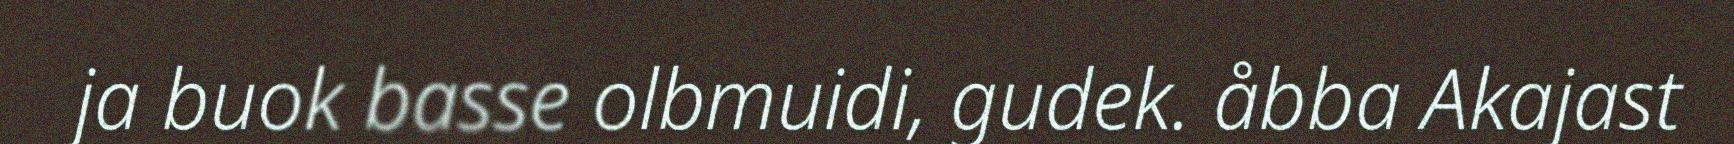
ja buok basse olbmuidi, gudek. åbba Akajast